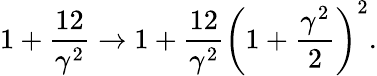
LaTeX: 1+\frac{12}{\gamma^{2}}\to 1+\frac{12}{\gamma^{2}}\left(1+\frac{\gamma^{2}}{2}\right)^{2}.